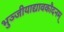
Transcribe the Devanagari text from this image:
भुञ्जीयाद्यावकौदनम्